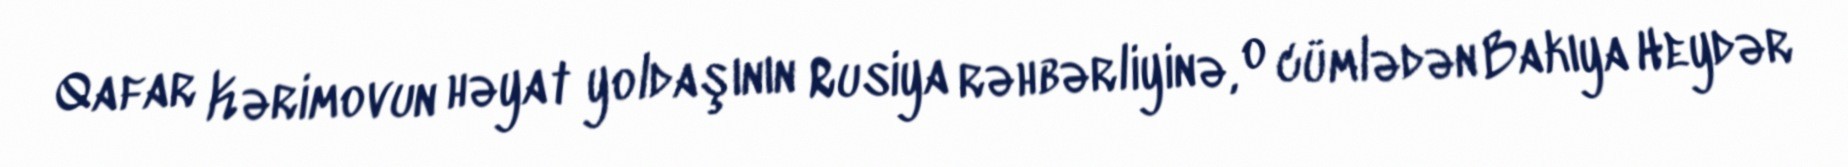
Qafar Kərimovun həyat yoldaşının Rusiya rəhbərliyinə, o cümlədən Bakıya Heydər